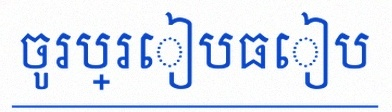
ចូរប្រៀបធៀប